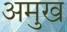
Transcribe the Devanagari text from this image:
अमुख